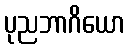
ပုညဘာဂိယော